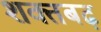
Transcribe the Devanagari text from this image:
शक्तबढ़